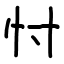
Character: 忖